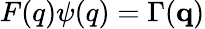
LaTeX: F(q)\psi(q)=\Gamma({\mathbf q})